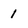
Character: 1